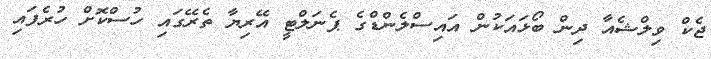
ޖެކް ވިލްޝެއާ ދިން ބޯޅައަކުން އައިސްލެންޑްގެ ޕެނަލްޓީ އޭރިޔާ ތެރޭގައި ހުސްކޮށް ހުރެފައި